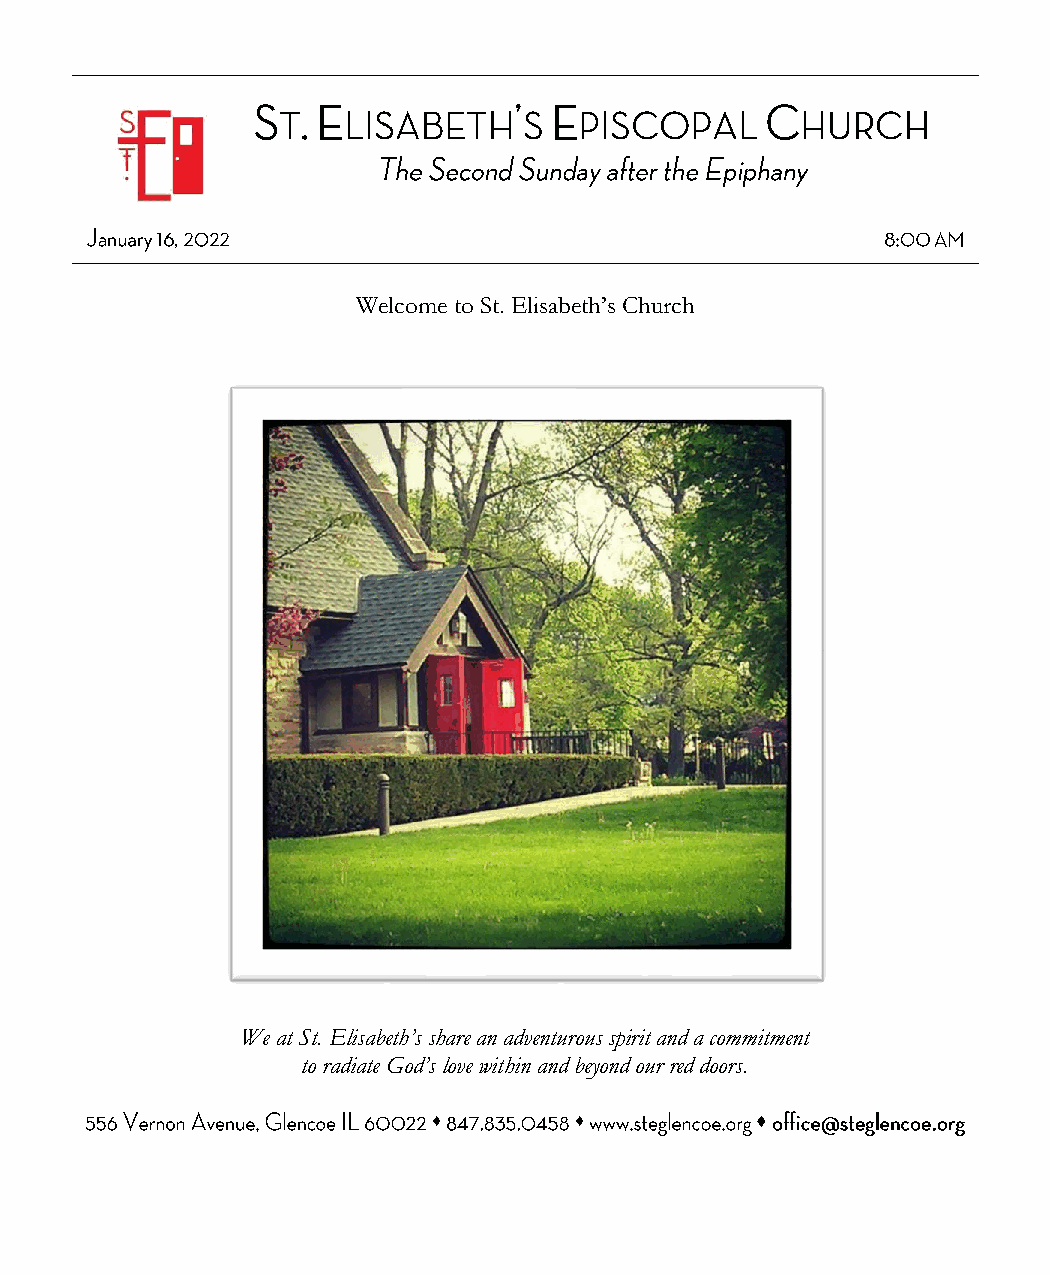
Welcome to St. Elisabeth’s Church
 We at St. Elisabeth’s share an adventurous spirit and a commitment
 to radiate God’s love within and beyond our red doors.
 ⬧        ⬧           ⬧